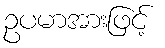
ဥပမာအားဖြင့်